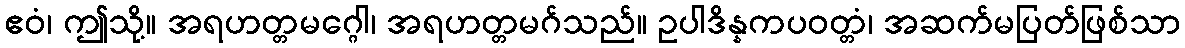
ဧဝံ၊ ဤသို့။ အရဟတ္တမဂ္ဂေါ၊ အရဟတ္တမဂ်သည်။ ဥပါဒိန္နကပဝတ္တံ၊ အဆက်မပြတ်ဖြစ်သာ